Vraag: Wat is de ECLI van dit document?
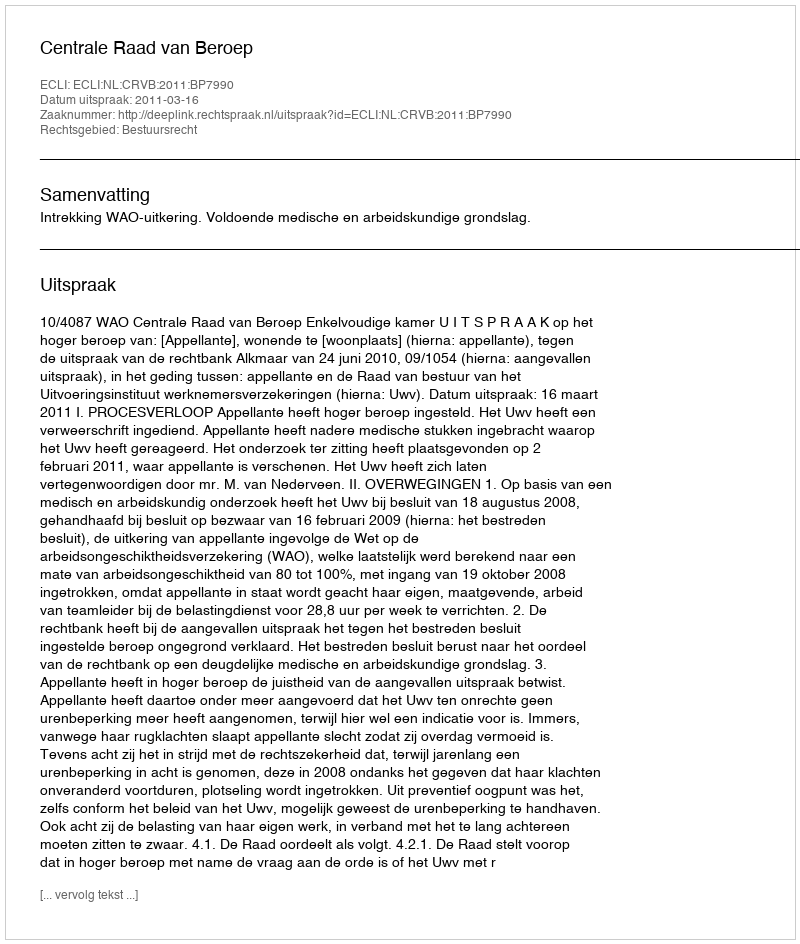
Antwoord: ECLI:NL:CRVB:2011:BP7990